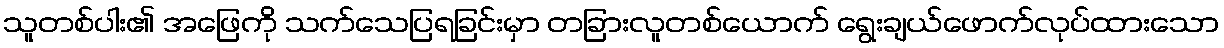
သူတစ်ပါး၏ အဖြေကို သက်သေပြရခြင်းမှာ တခြားလူတစ်ယောက် ရွေးချယ်ဖောက်လုပ်ထားသော